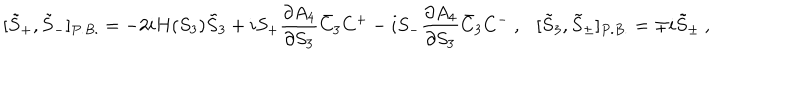
[ \tilde { S } _ { + } , \tilde { S } _ { - } ] _ { P . B . } = - 2 i H ( S _ { 3 } ) \tilde { S } _ { 3 } + i S _ { + } \displaystyle \frac { \partial A _ { 4 } } { \partial S _ { 3 } } \bar { C } _ { 3 } C ^ { + } - i S _ { - } \displaystyle \frac { \partial A _ { 4 } } { \partial S _ { 3 } } \bar { C } _ { 3 } C ^ { - } ~ , [ \tilde { S } _ { 3 } , \tilde { S } _ { \pm } ] _ { P . B . } = \mp i \tilde { S } _ { \pm } ~ ,